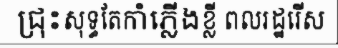
ជ្រុះសុទ្ធតែកាំភ្លើងខ្លី ពលរដ្ឋរើស